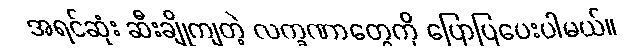
အရင်ဆုံး ဆီးချိုကျတဲ့ လက္ခဏာတွေကို ပြောပြပေးပါမယ်။